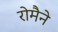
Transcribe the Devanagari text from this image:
रोमैने